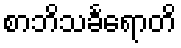
စာဘိသင်္ခရောတိ